Scottish Leaving Certificate Examination, 1951
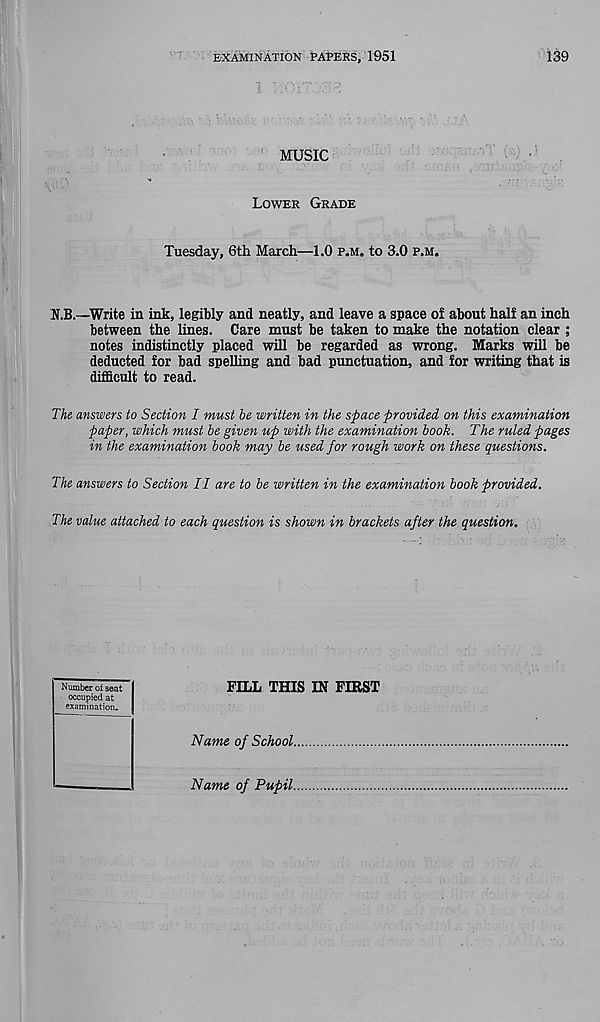
EXAMINATION PAPERS, 1951
139
MUSIC
Lower Grade
Tuesday, 6th March—1.0 p.m. to 3.0 p.m.
U.B.—Write in ink, legibly and neatly, and leave a space of about half an inch
between the lines. Care must be taken to make the notation clear ;
notes indistinctly placed will be regarded as wrong. Marks will be
deducted for bad spelling and bad punctuation, and for writing that is
difficult to read.
The answers to Section I must be written in the space provided on this examination
paper, which must be given up with the examination book. The ruled pages
in the examination book may be used for rough work on these questions.
The answers to Section II are to be written in the examination book provided.
The value attached to each question is shown in brackets after the question.
Number of seat
occupied at
examination.
FILL THIS IN FIRST
Name of School
Name of Pupil.